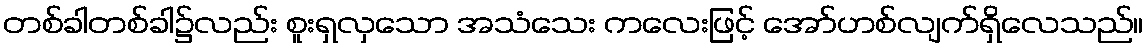
တစ်ခါတစ်ခါ၌လည်း စူးရှလှသော အသံသေး ကလေးဖြင့် အော်ဟစ်လျက်ရှိလေသည်။